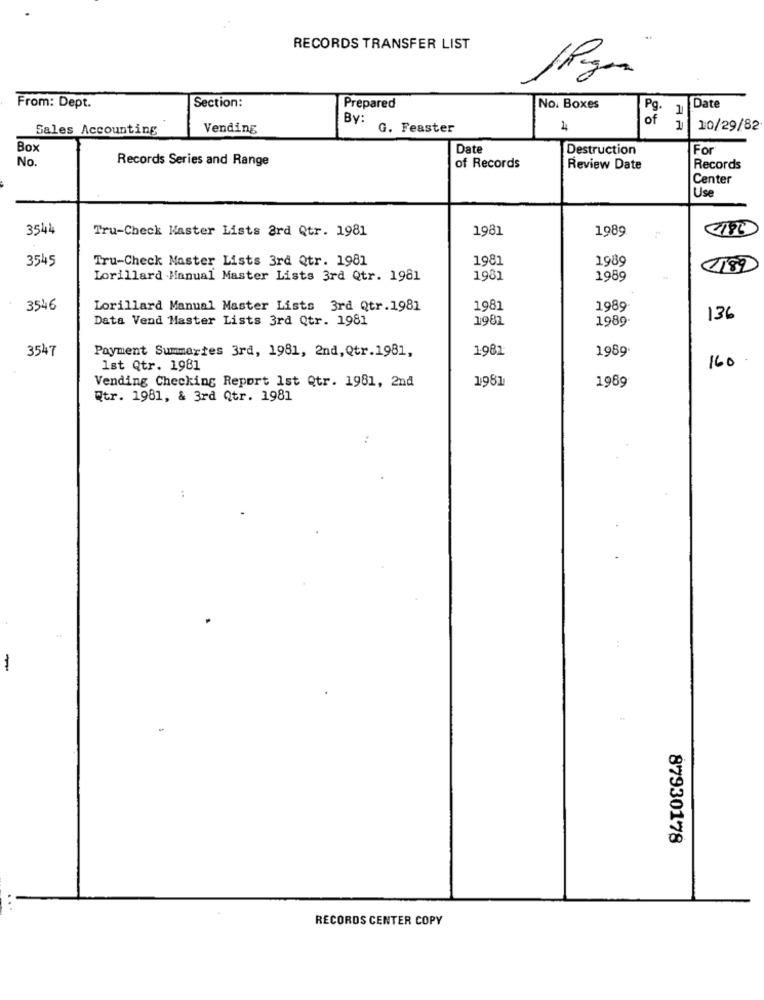
..
RECORDS TRANSFER LIST
Section:
From: Dept.
Prepared
No. Boxes
1
Date
By:
2 %
Sales Accounting
Vending
G. Feaster
4
1
10/29/82
Box
Date
Destruction
For
No.
Records Series and Range
of Records
Review Date
Records
Center
Use
3544
Tru-Check Master Lists ard Qtr. 1981
1981
1989
3545
Tru-Check Master Lists 3rd Qtr. 1981
1981
1989
1182
Lorillard Manual Master Lists 3rd Qtr. 1981
1981
1989
3546
Lorillard Manual Master Lists 3rd Qtr.1981
1981
1989
Data Vend Master Lists 3rd Qtr. 1981
1982
1989
136
3547
Payment Summertes 3rd, 1981, 2nd, Qtr.1981,
1982
1989
160
1st Qtr. 1981
Vending Checking Report Ist Qtr. 1981, 2nd
1981
1989
Qtr. 1981, & 3rd Qtr. 1981
87930178
RECORDS CENTER COPY